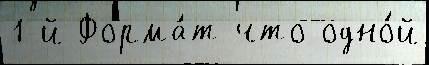
1-й Форма́т что одно́й